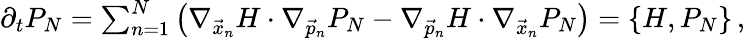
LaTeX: \begin{array}{r}{\partial_{t}P_{N}=\sum_{n=1}^{N}\left(\nabla_{\vec{x}_{n}}H\cdot\nabla_{\vec{p}_{n}}P_{N}-\nabla_{\vec{p}_{n}}H\cdot\nabla_{\vec{x}_{n}}P_{N}\right)=\{ H,P_{N}\} \, ,}\end{array}